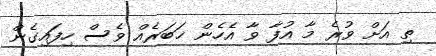
ތި އަށް ވުރެ މާ އުފާ ވާ އެހެން ޚަބަރެއް ވެސް ހިފައިގެން